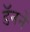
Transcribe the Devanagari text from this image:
डॅनने